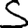
Digit: 5